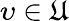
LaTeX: \upsilon\in\mathfrak{U}